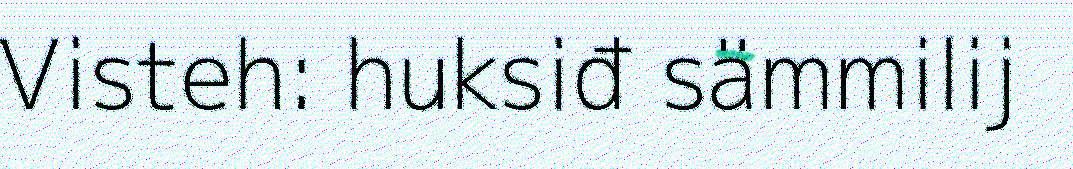
Visteh: huksiđ sämmilij